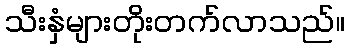
သီးနှံများတိုးတက်လာသည်။